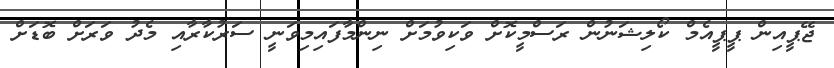
ޖޭޕީއިން ޕީޕީއެމް ކޯލިޝަނުން ރަސްމީކޮށް ވަކިވުމަށް ނިންމާފައިމިވަނީ ސަރުކާރާއި މެދު ވަރަށް ބޮޑަށް